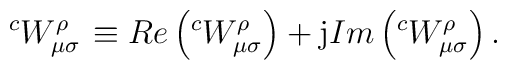
\left. ^{c}W_{\mu \sigma }^{\rho }\right. \equiv Re\left( ^{c}W_{\mu \sigma}^{\rho }\right) +\mathrm{j}Im\left( ^{c}W_{\mu \sigma }^{\rho }\right) .